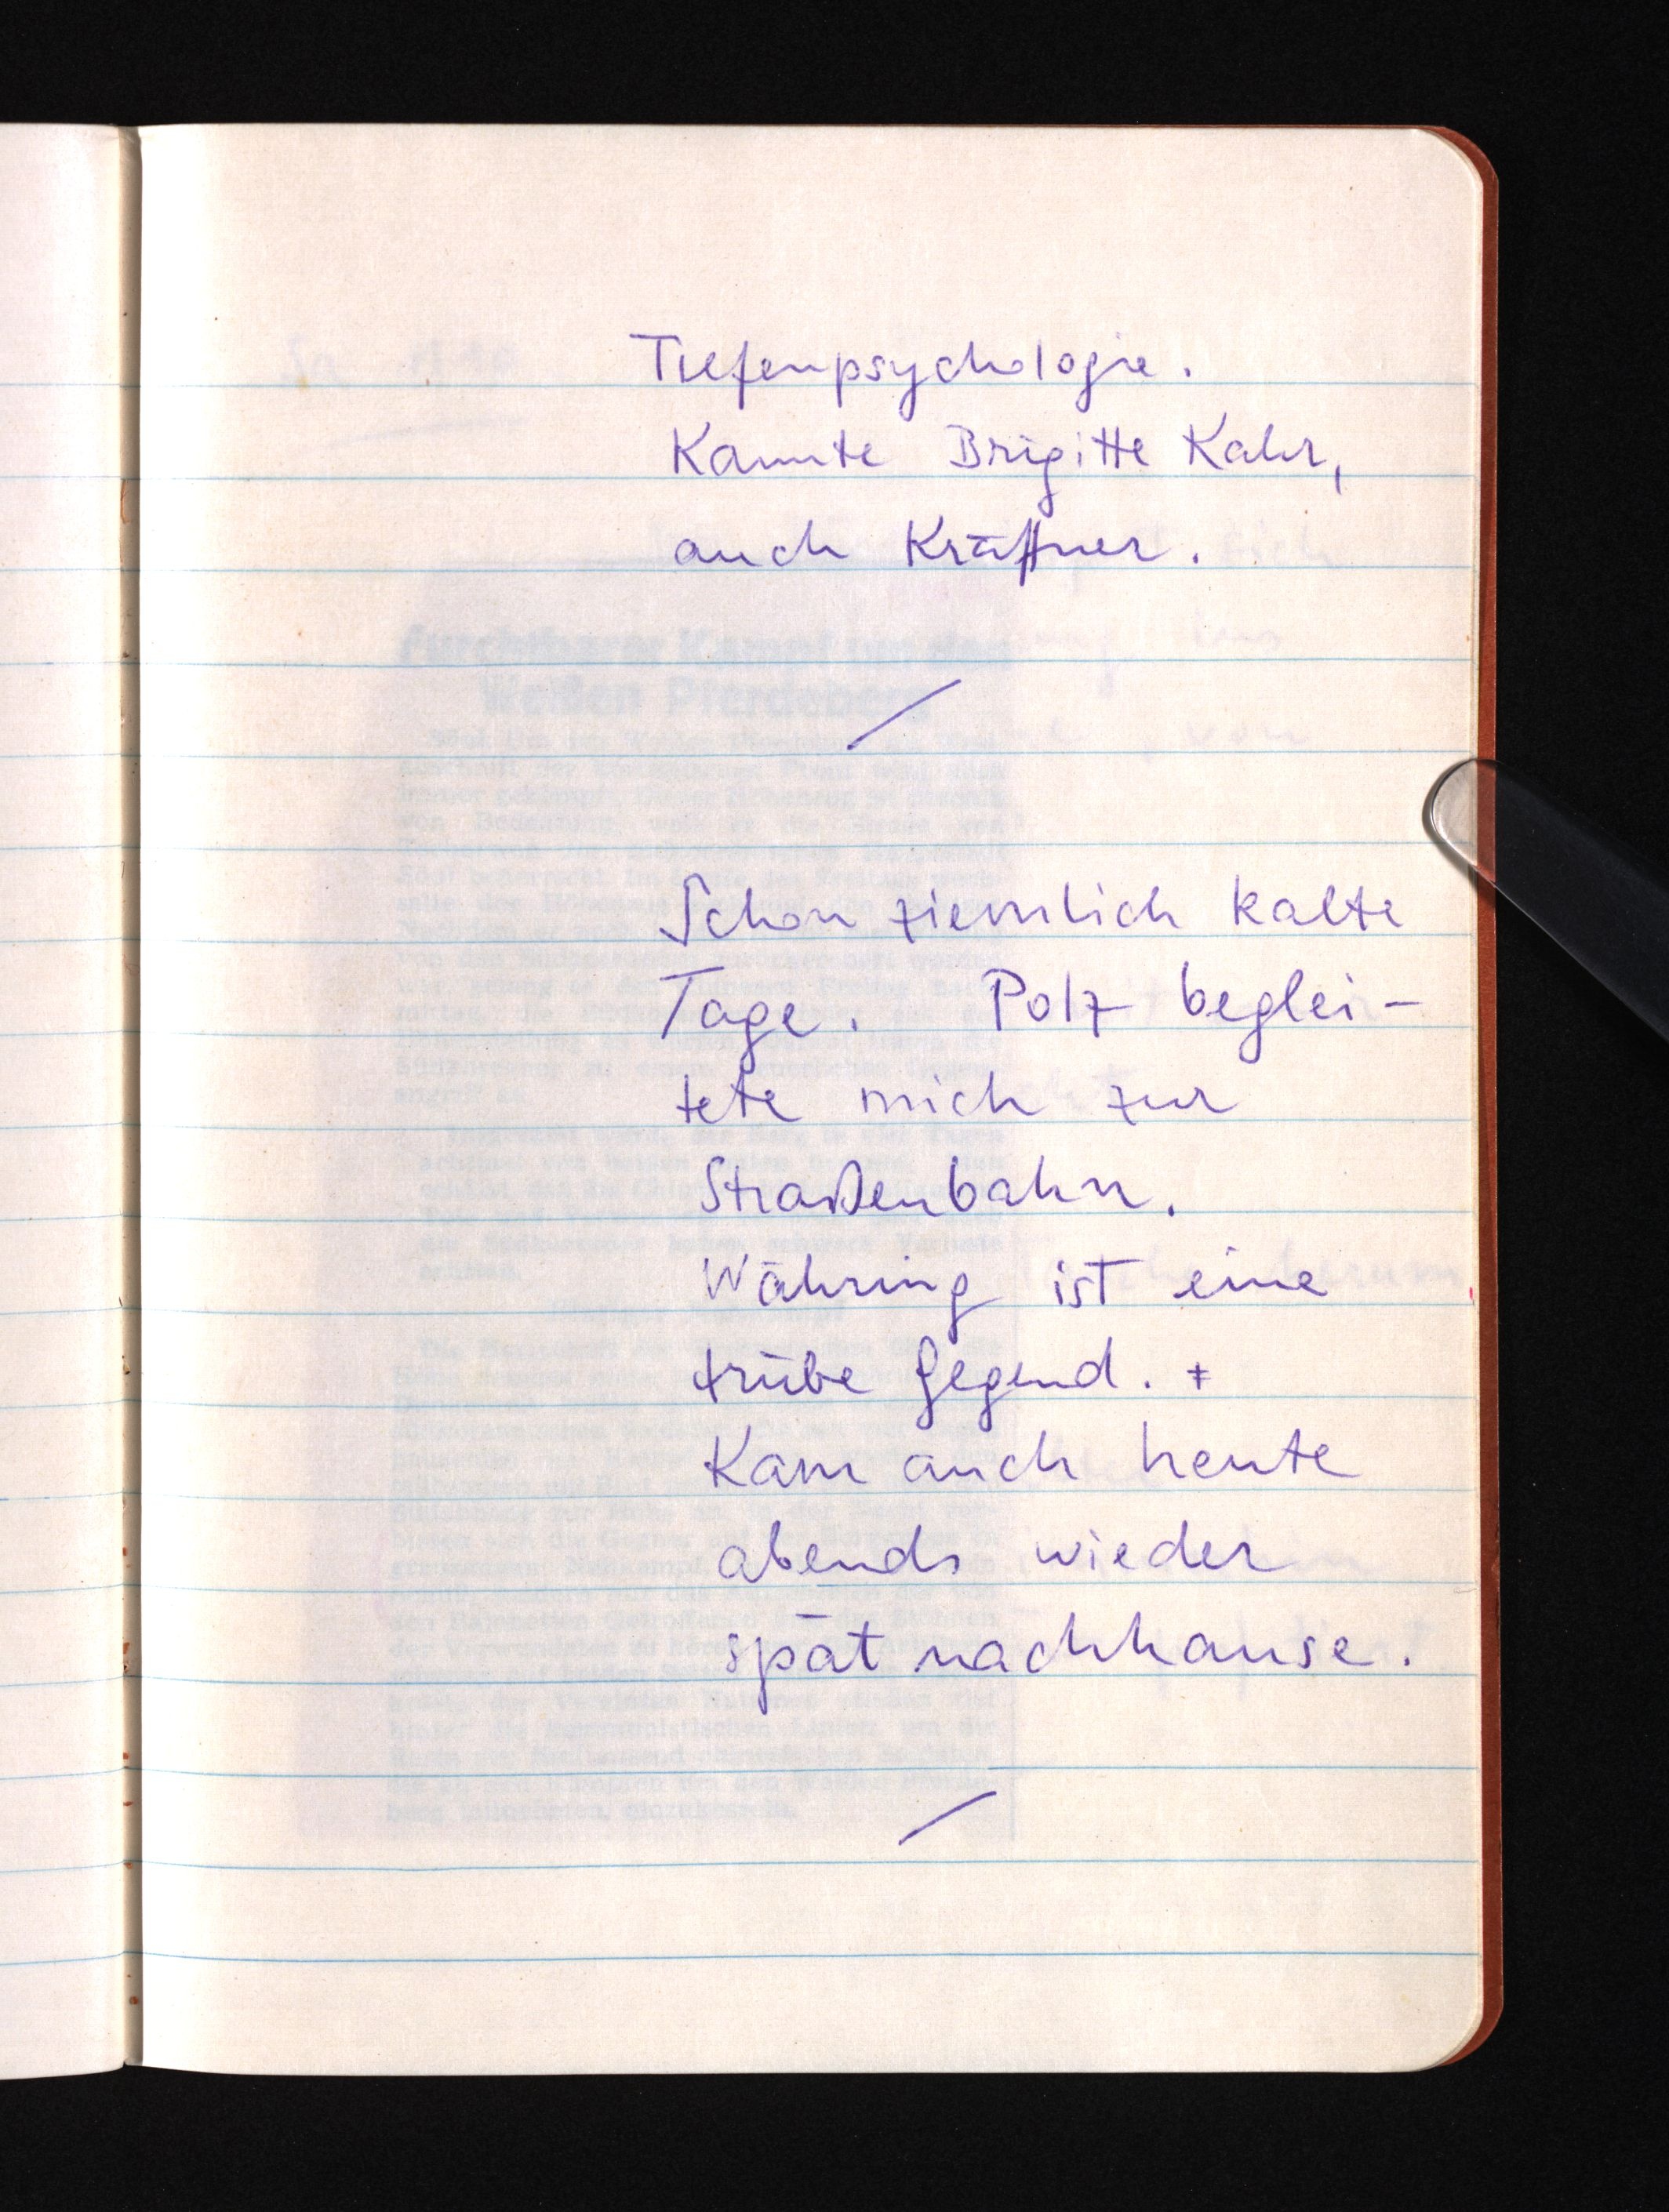
Tiefenpsychologie.
Kannte Brigitte Kahr,
auch Kräftner.
Schon ziemlich kalte
Tage. Polz beglei¬
tete mich zur
Straßenbahn.
Währing ist eine
trübe Gegend.
Kam auch heute
abends wieder
spät nachhause.